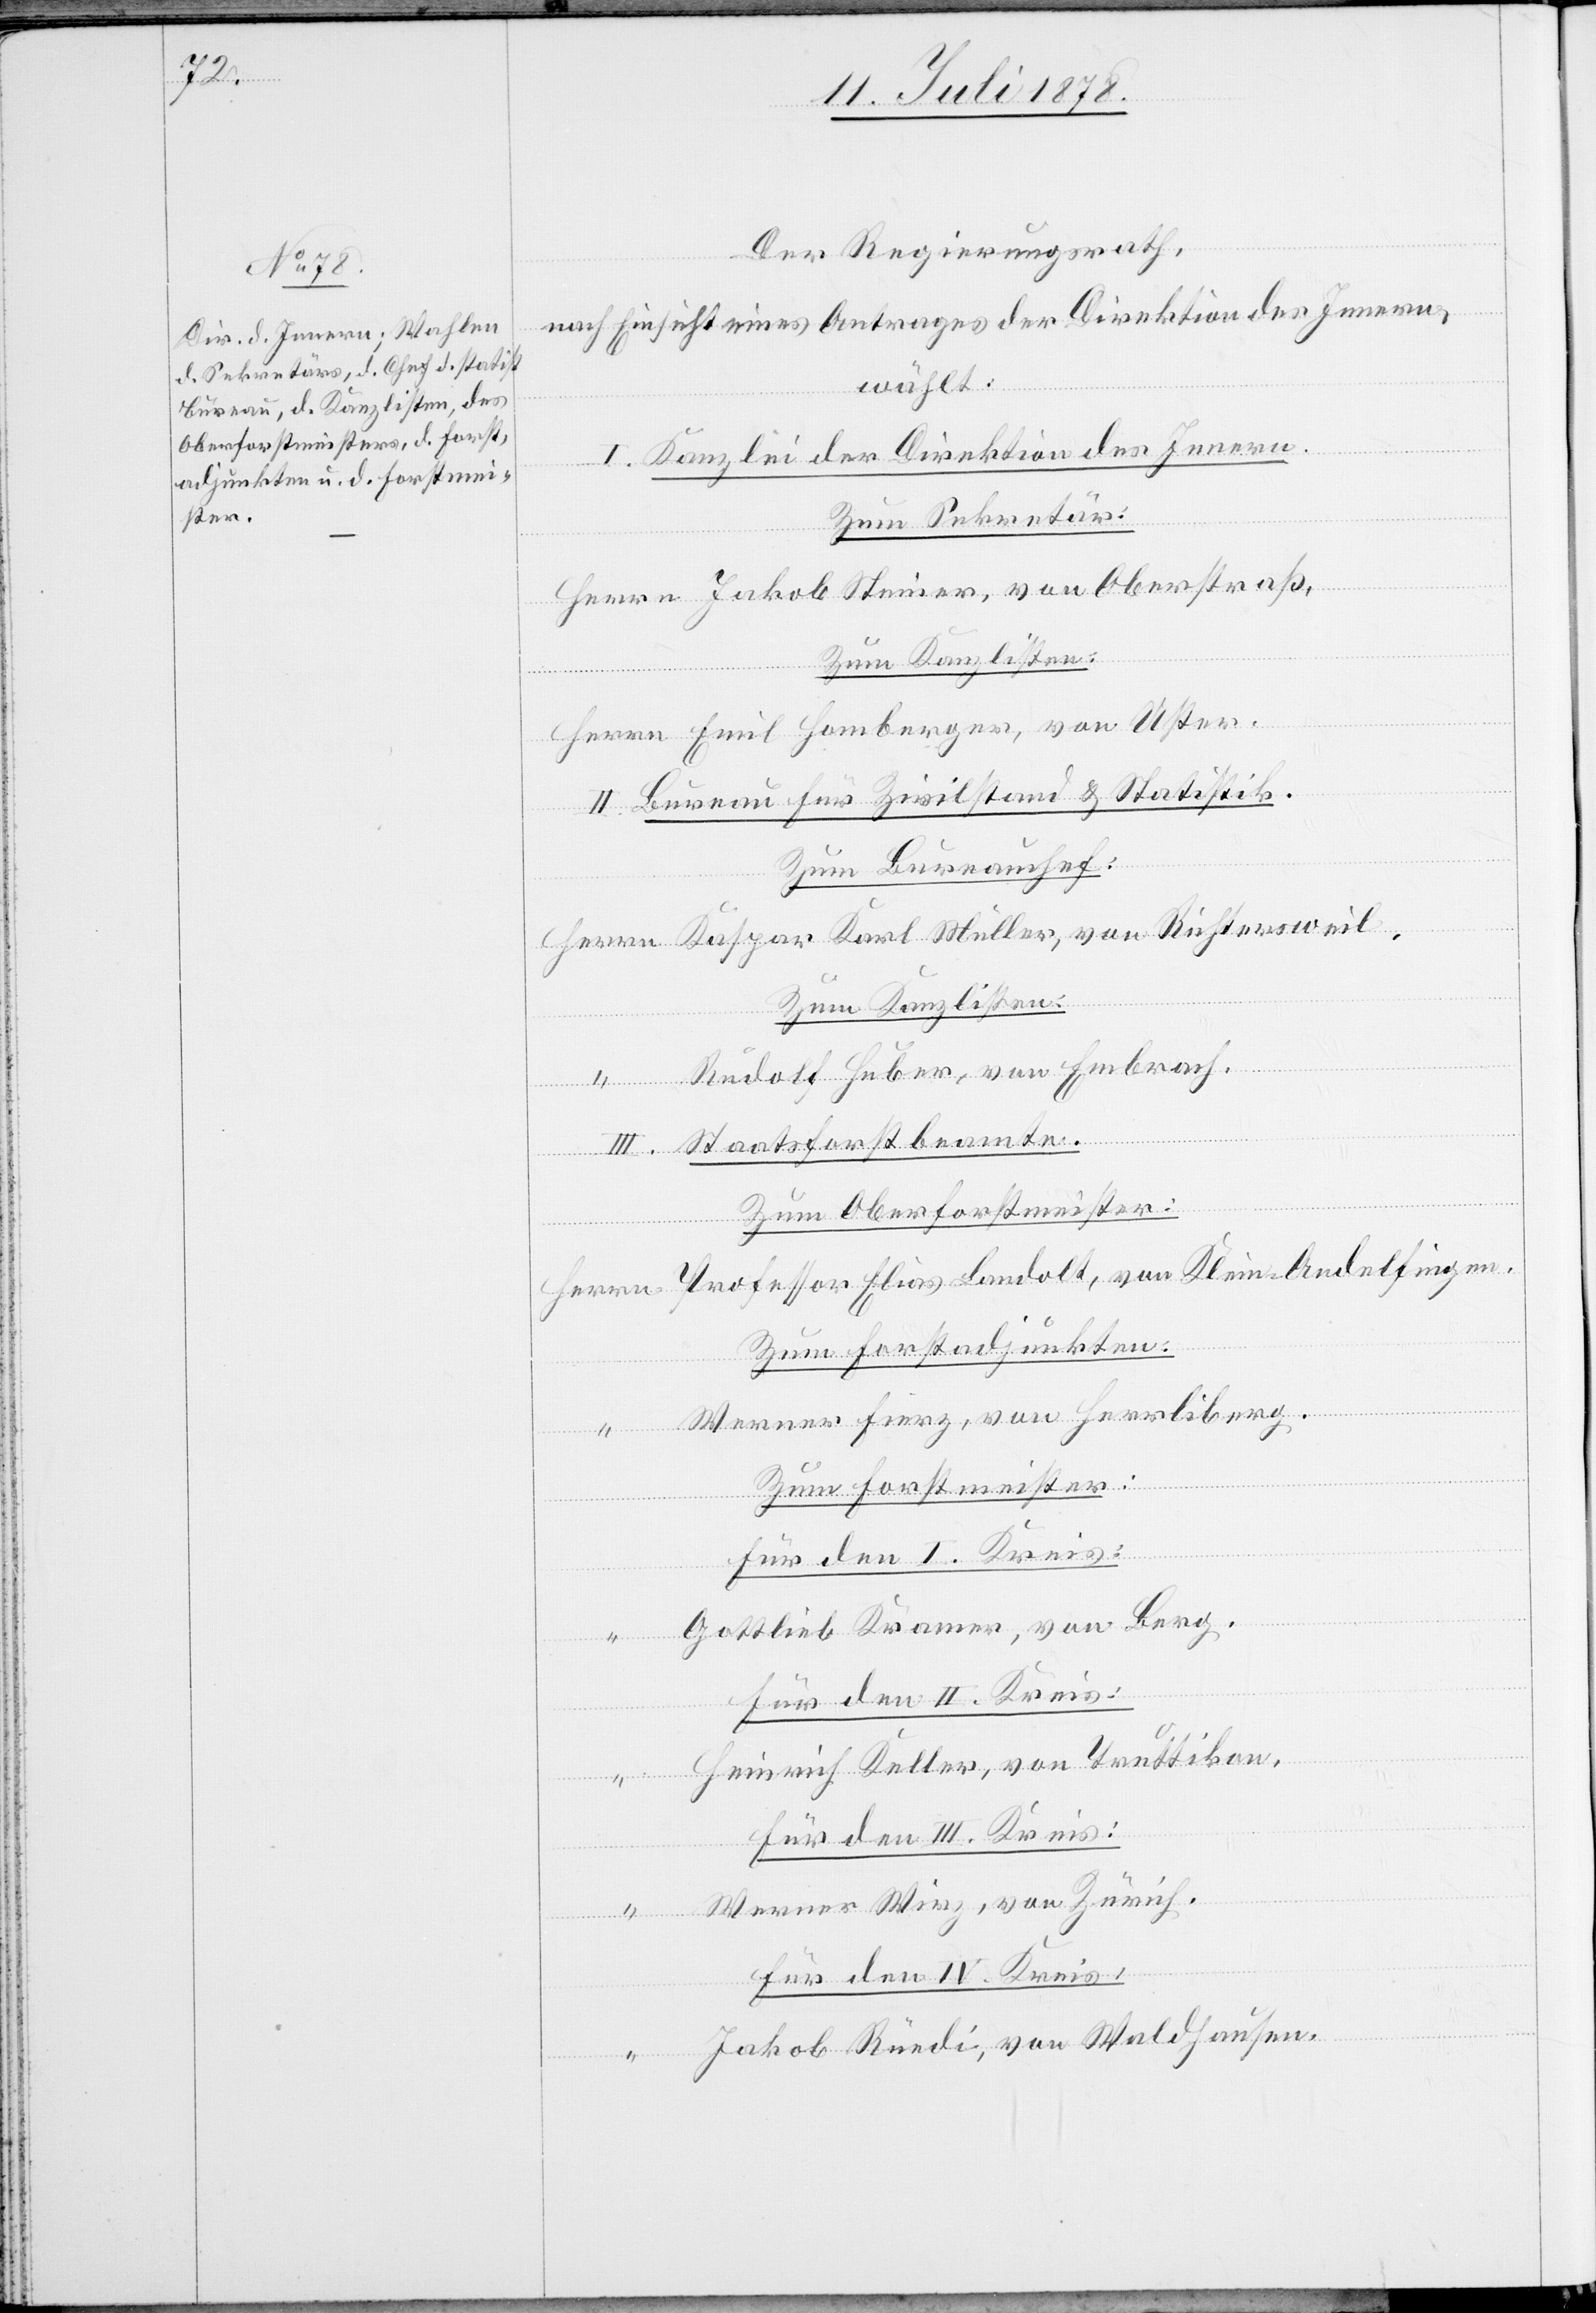
Uster.

Der Regierungsrath,
nach Einsicht eines Antrages der Direktion des Innern,
wählt:
I. Kanzlei der Direktion des Innern.
Zum Sekretär:
II. Bureau für Zivilstand & Statistik.
Zum Bureauchef:
Zum Kanzlisten.
“
Rudolf Huber, von Embrach.
Herrn
“
Zum Oberforstmeister:
Professor Elias Landolt, von Klein-Andelfingen.
Zum Forstadjunkten.
Werner Fierz, von Herrliberg.
Zum Forstmeister:
Gottlieb Kramer, von Berg.
Heinrich Keller, von Truttikon.
Für den III. Kreis:
Werner Wirz, von Zürich.
Für den IV. Kreis:
Jakob Rüedi, von Waldhausen.